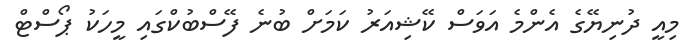
މިއީ ދުނިޔޭގެ އެންމެ އަވަސް ކޭޝިއަރު ކަމަށް ބުނެ ފޭސްބުކްގައި މީހަކު ޕޯސްޓް